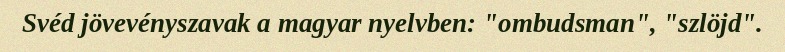
Svéd jövevényszavak a magyar nyelvben: "ombudsman", "szlöjd".